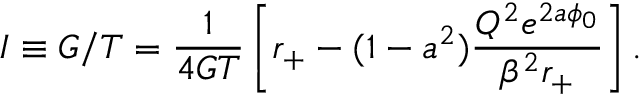
I \equiv { \cal G } / T = \frac { 1 } { 4 G T } \left[ r _ { + } - ( 1 - a ^ { 2 } ) \frac { Q ^ { 2 } e ^ { 2 a \phi _ { 0 } } } { \beta ^ { 2 } r _ { + } } \right] .